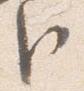
臣